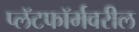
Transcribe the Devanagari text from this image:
प्लॅटफॉर्मवरील